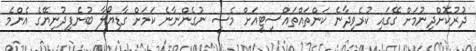
ދުރުކޮށްދިނުމަށް ގޭގައި ކުރެވިދާނެ ކަންތައްތައްސިޓީއަށް މެސީ ނުގެންނާނެ ކަމަށް ގާޑިޔޯލާ ބުނެފިދުނިޔޭގެ އެންމެ